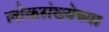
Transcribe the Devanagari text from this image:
लोकस॓ख्येच्या